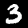
Digit: 3